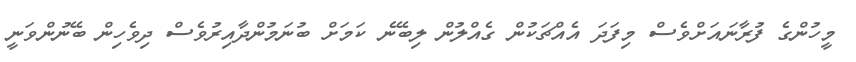
މީހުންގެ ފުރާނައަށްވެސް މިފަދަ އެއްޗަކުން ގެއްލުން ލިބޭނެ ކަމަށް ބުނަމުންދާއިރުވެސް ދިވެހިން ބޭނުންވަނީ